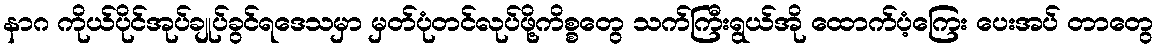
နာဂ ကိုယ်ပိုင်အုပ်ချုပ်ခွင်ရဒေသမှာ မှတ်ပုံတင်လုပ်ဖို့ကိစ္စတွေ သက်ကြီးရွယ်အို ထောက်ပံ့ကြေး ပေးအပ် တာတွေ